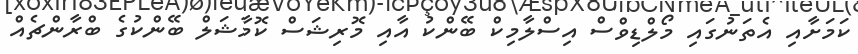
ކަމަށާއި އެތަނުގައި މޯލްޑިވްސް އިސްލާމިކް ބޭންކު އާއި މޮރިޝަސް ކޮމާޝަލް ބޭންކުގެ ބްރާންޗެއް